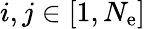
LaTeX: i,j\in[1,N_{\mathrm{e}}]